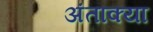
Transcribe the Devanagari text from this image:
अंताक्या